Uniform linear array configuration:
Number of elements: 4
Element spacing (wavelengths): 0.5
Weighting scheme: kaiser
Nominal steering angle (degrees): -30
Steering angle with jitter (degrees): -28.67
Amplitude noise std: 0.05
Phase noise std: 0.05

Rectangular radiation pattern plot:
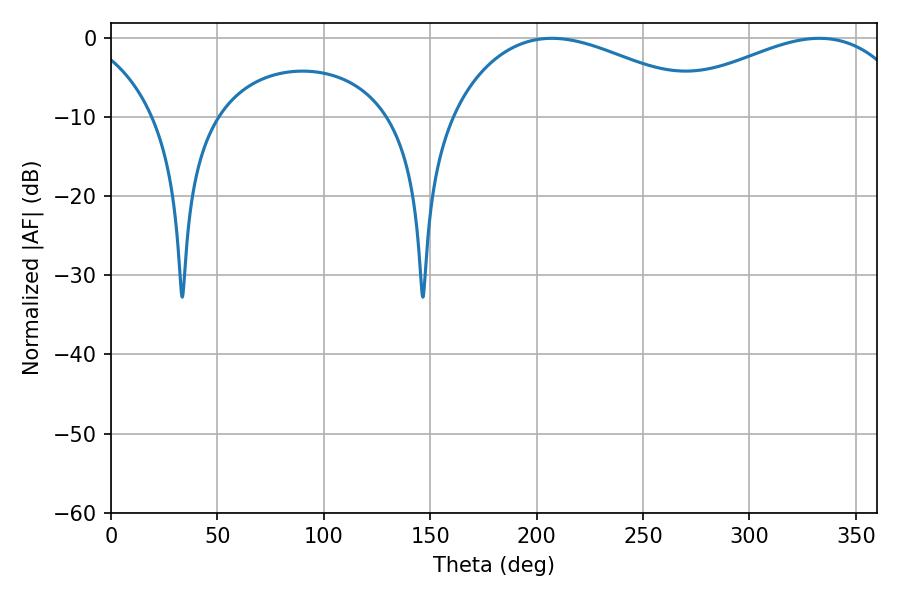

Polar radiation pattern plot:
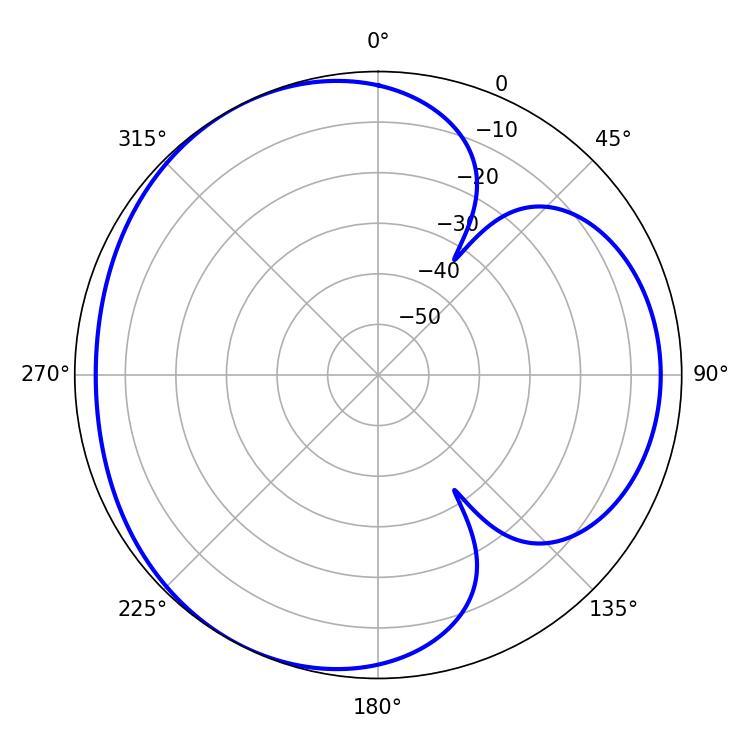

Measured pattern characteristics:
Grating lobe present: FALSE
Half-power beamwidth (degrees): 68.94
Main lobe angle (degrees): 207.18